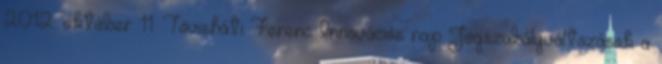
2012. október 11. Tövisháti Ferenc Innovációs nap Jogszabályváltozások a